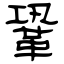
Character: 鞏